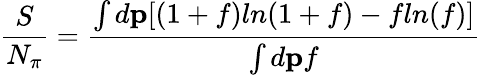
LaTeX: \frac{S}{N_{\pi}}=\frac{\int d{\mathbf p}[(1+f)ln(1+f)-fln(f)]}{\int d{\mathbf p}f}